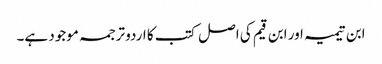
ابن تیمیہ اور ابن قیم کی اصل کتب کا اردو ترجمہ موجود ہے۔